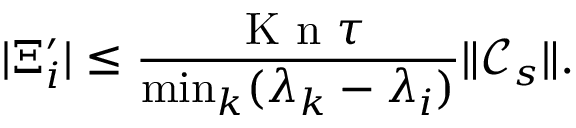
\vert \Xi _ { i } ^ { \prime } \vert \leq \frac { \ensuremath { \mathrm { ~ K ~ n ~ } } \tau } { \operatorname* { m i n } _ { k } ( \lambda _ { k } - \lambda _ { i } ) } \| \mathcal C _ { s } \| .